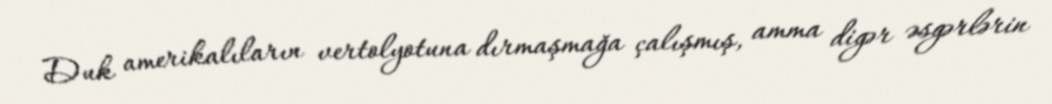
Duk amerikalıların vertolyotuna dırmaşmağa çalışmış, amma digər əsgərlərin